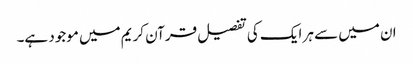
ان میں سے ہر ایک کی تفصیل قرآن کریم میں موجود ہے۔